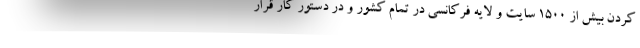
کردن بیش از ۱۵۰۰ سایت و لایه فرکانسی در تمام کشور و در دستور کار قرار